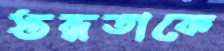
স্তব্ধতাকে